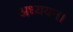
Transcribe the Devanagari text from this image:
अध्‍ययन।